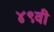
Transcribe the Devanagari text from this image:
४९वी